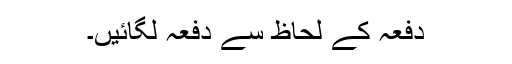
دفعہ کے لحاظ سے دفعہ لگائیں۔